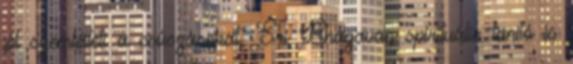
jól szemlélteti a csúszásokat. Sri Bhagavan spirituális tanító is